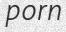
porn